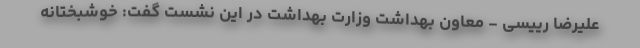
علیرضا رییسی - معاون بهداشت وزارت بهداشت در این نشست گفت: خوشبختانه